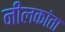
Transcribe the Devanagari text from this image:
नीलकांता